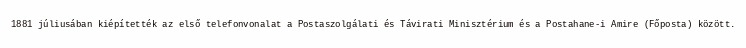
1881 júliusában kiépítették az első telefonvonalat a Postaszolgálati és Távirati Minisztérium és a Postahane-i Amire (Főposta) között.